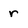
Character: r